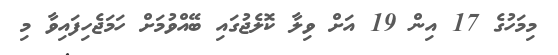
މިމަހުގެ 17 އިން 19 އަށް ވިލާ ކޮލެޖުގައި ބޭއްވުމަށް ހަމަޖެހިފައިވާ މި